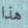
هذا